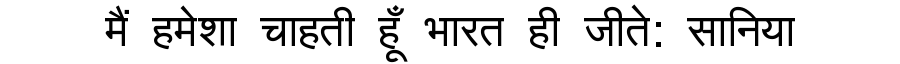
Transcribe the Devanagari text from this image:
मैं हमेशा चाहती हूँ भारत ही जीते: सानिया